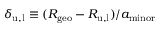
\delta _ { \mathrm { u , l } } \equiv ( R _ { \mathrm { g e o } } - R _ { \mathrm { u , l } } ) / a _ { \mathrm { m i n o r } }